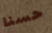
حسنا